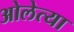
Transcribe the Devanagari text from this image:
ओलेत्या